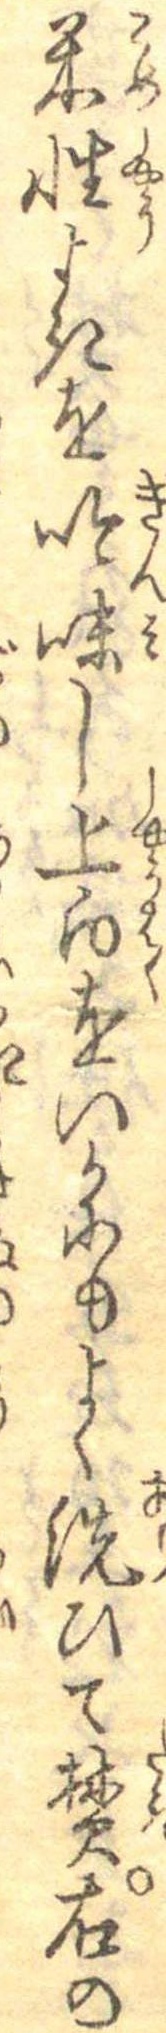
米性よきを吟味し上白をいかにもよく洗ひて焚右の